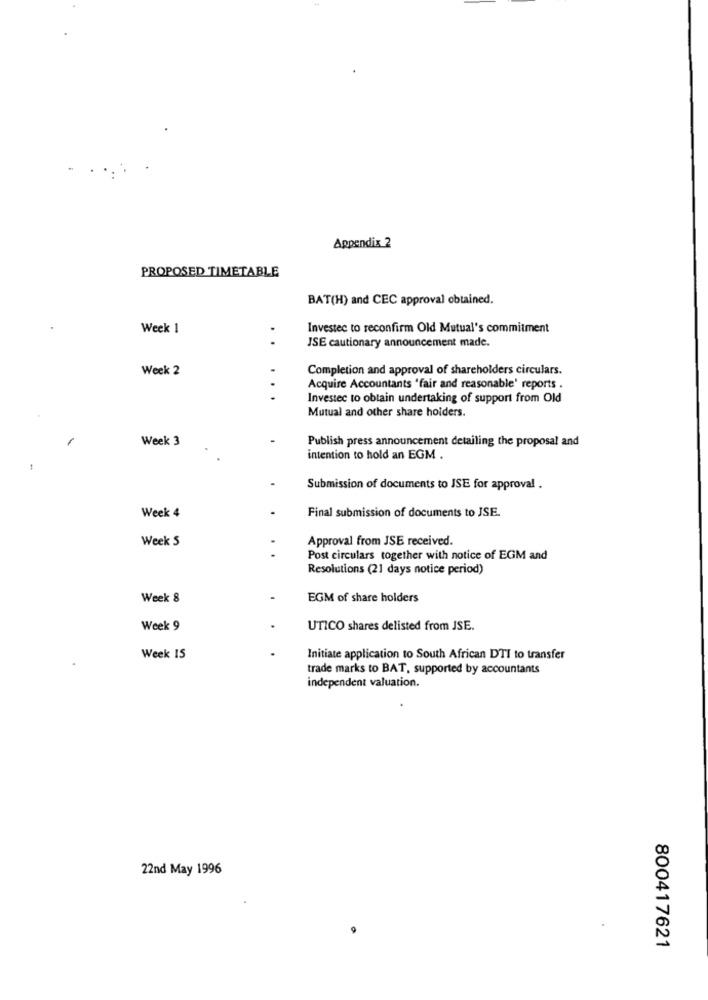
Appendix 2
PROPOSED TIMETABLE
BAT(H) and CEC approval obtained.
Week 1
Investec to reconfirm Old Mutual's commitment
..
JSE cautionary announcement made.
Week 2
Completion and approval of shareholders circulars.
..
Acquire Accountants "fair and reasonable' reports .
Investec to obtain undertaking of support from Old
Mutual and other share holders.
Week 3
Publish press announcement detailing the proposal and
intention to hold an EGM .
Submission of documents to ISE for approval .
Final submission of documents to JSE.
Week 4
Week 5
Approval from JSE received.
Post circulars together with notice of EGM and
Resolutions (21 days notice period)
Week 8
EGM of share holders
Week 9
UTICO shares delisted from JSE.
Week 15
Initiate application to South African DTI to transfer
trade marks to BAT, supported by accountants
independent valuation.
22nd May 1996
.
800417621